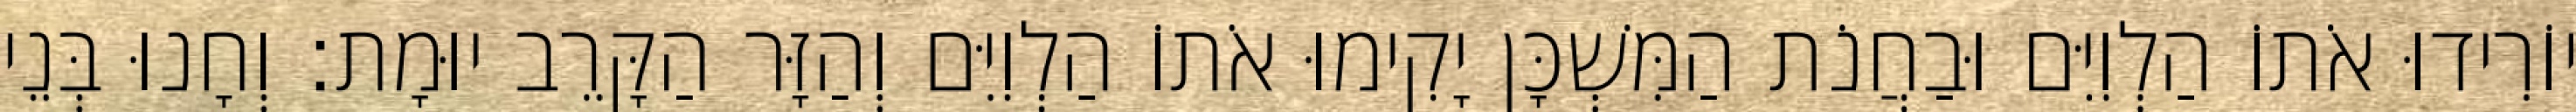
יוֹרִידוּ אֹתוֹ הַלְוִיִּם וּבַחֲנֹת הַמִּשְׁכָּן יָקִימוּ אֹתוֹ הַלְוִיִּם וְהַזָּר הַקָּרֵב יוּמָת׃ וְחָנוּ בְּנֵי